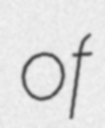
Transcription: of